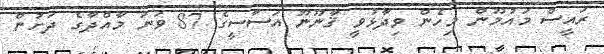
ރައީސް މައުމޫން މިހެން ވިދާޅުވީ ޤާނޫނޫ އަސާސީގެ 87 ވަނަ މާއްދާގެ ދަށުން